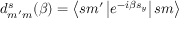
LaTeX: d _ { m ^ { \prime } m } ^ { s } ( \beta ) = \left\langle s m ^ { \prime } \left| e ^ { - i \beta s _ { y } } \right| s m \right\rangle